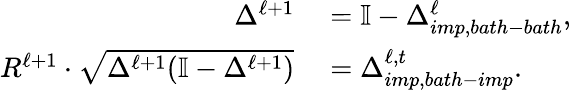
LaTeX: \begin{array}{rl}{\Delta^{\ell+1}}&{{}=\mathbb{I}-\Delta_{imp,bath-bath}^{\ell},}\\ {R^{\ell+1}\cdot\sqrt{\Delta^{\ell+1}(\mathbb{I}-\Delta^{\ell+1})}}&{{}=\Delta_{imp,bath-imp}^{\ell,t}.}\end{array}